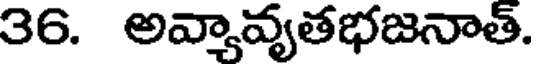
36. అవ్యావ్యతభజనాత్.